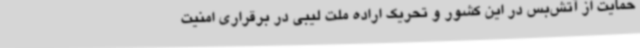
حمایت از آتش‌بس در این کشور و تحریک اراده ملت لیبی در برقراری امنیت